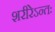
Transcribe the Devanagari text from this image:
शरीरेऽन्तः